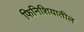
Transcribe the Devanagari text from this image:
फिनिशियातील